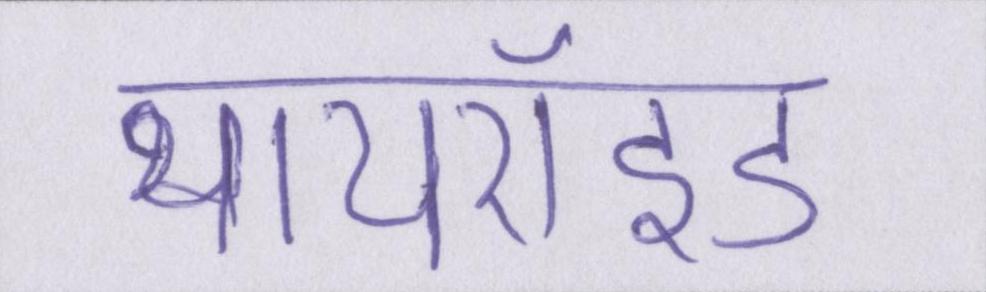
थायरॉइड